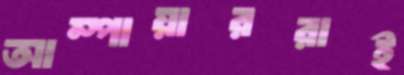
আম্পায়াররাই